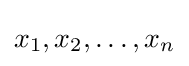
x_{1},x_{2},\dots ,x_{n}